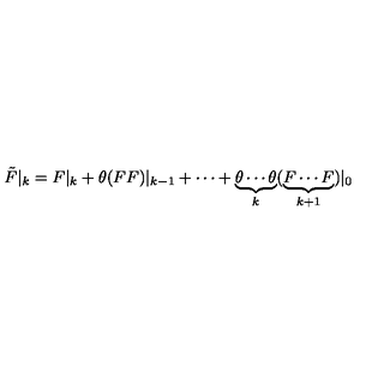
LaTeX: \tilde { F } | _ { k } = F | _ { k } + \theta ( F F ) | _ { k - 1 } + \cdots + \underbrace { \theta \cdots \theta } _ { k } ( \underbrace { F \cdots F } _ { k + 1 } ) | _ { 0 }